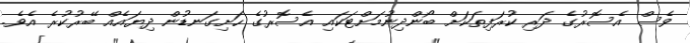
ވެސް އެސޮރުގެ ދަރި ކުރަފިތަކަށް ބޯންދިނުމަށްޓަކައި އެސޮރުގެ ހަށިގަނޑުން ދިޔައެއް ބޭރުކުރެ އެވެ.